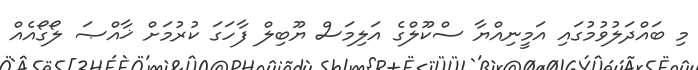
މި ބައްދަލުވުމުގައި އަމީނިއްޔާ ސްކޫލްގެ އަލިމަސް ޔޫބިލް ފާހަގަ ކުރުމަށް ޚާއްޞަ ލޯގޯއެއް